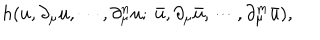
LaTeX: h ( u , \partial _ { \mu } u , \cdots , \partial _ { \mu } ^ { n } u ; \ \bar { u } , \partial _ { \mu } \bar { u } , \cdots , \partial _ { \mu } ^ { m } \bar { u } ) ,